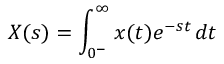
X ( s ) = \int _ { 0 ^ { - } } ^ { \infty } x ( t ) e ^ { - s t } \, d t